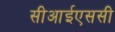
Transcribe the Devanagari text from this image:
सीआईएससी